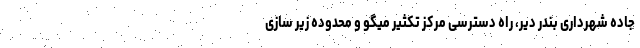
جاده شهرداری بندر دیر، راه دسترسی مرکز تکثیر میگو و محدوده زیر سازی